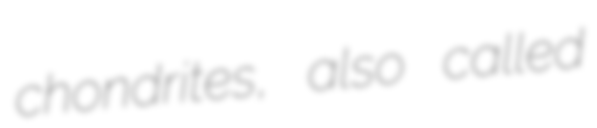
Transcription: chondrites, also called